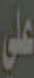
على